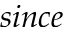
s i n c e